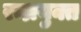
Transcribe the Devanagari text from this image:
रन्ध्रयुक्त